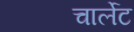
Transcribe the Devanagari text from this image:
चार्लेट